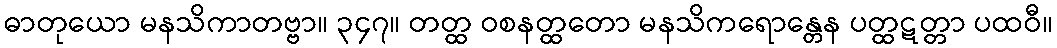
ဓာတုယော မနသိကာတဗ္ဗာ။ ၃၄၇။ တတ္ထ ဝစနတ္ထတော မနသိကရောန္တေန ပတ္ထဋတ္တာ ပထဝီ။